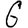
Digit: 6